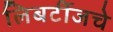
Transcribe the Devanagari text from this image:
लिबर्टीजचे